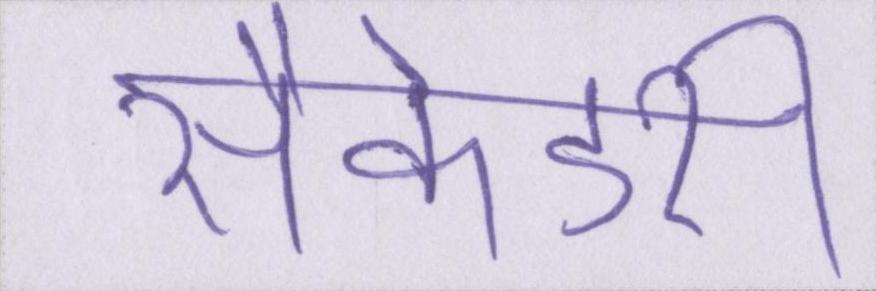
सैकेंडरी